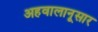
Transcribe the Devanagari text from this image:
अहवालानूसार